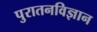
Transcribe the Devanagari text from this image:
पुरातनविज्ञान